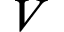
\b { V }